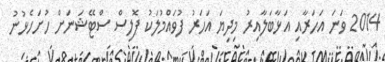
2014 ވަނަ އަހަރާއި އަޅާބަލާއިރު މިދިޔަ އަހަރު ފުވައްމުލަކު ޕޮލިސް ސްޓޭޝަނަށް ހުށަހެޅުނު